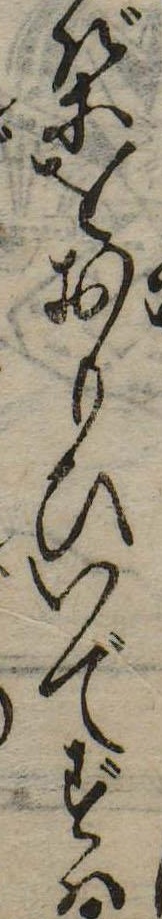
ばをおもひいでずは